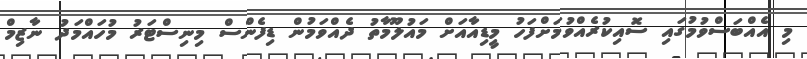
މި އެއްބަސްވުމުގައި ސޮއިކުރެއްވުމަށްފަހު މީޑިއާއަށް މައުލޫމާތު ދެއްވަމުން ޑިފެންސް މިނިސްޓަރު މުހައްމަދު ނާޒިމް